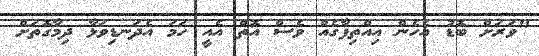
"ވަރަށް ބޮޑު އެހެން އިއްތިފާގެއް ވެސް އޮތް އެއީ ހަމަ އެދަނޑިވަޅާ ދިމާގޮތަށް